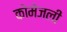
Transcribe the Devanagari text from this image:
कोमेजली